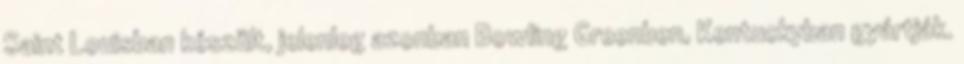
Saint Louisban készült, jelenleg azonban Bowling Greenben, Kentuckyban gyártják.